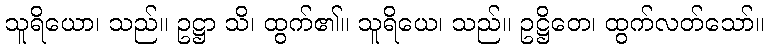
သူရိယော၊ သည်။ ဥဋ္ဌာ သိ၊ ထွက်၏။ သူရိယေ၊ သည်။ ဥဋ္ဌိတေ၊ ထွက်လတ်သော်။